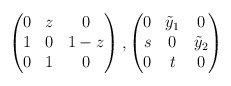
\begin{align*} \begin{pmatrix} 0 & z & 0 \\ 1 & 0 & 1-z \\ 0 & 1 & 0 \end{pmatrix}, \begin{pmatrix} 0 & \tilde{y}_1 & 0 \\ s & 0 & \tilde{y}_2 \\ 0 & t & 0 \end{pmatrix}\end{align*}